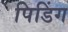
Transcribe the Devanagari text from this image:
पिडिंग